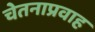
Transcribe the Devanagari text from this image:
चेतनाप्रवाह